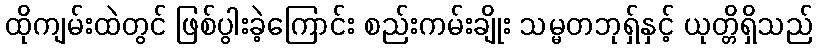
ထိုကျမ်းထဲတွင် ဖြစ်ပွါးခဲ့ကြောင်း စည်းကမ်းချိုး သမ္မတဘုရှ်နှင့် ယုတ္တိရှိသည်